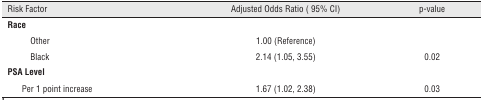
<table><thead><tr><td colspan="2"><b>Risk Factor</b></td><td><b>Adjusted Odds Ratio (95% CI)</b></td><td><b>p-value</b></td></tr></thead><tbody><tr><td colspan="4"><b>Race</b></td></tr><tr><td></td><td>Other</td><td>1.00 (Reference)</td><td></td></tr><tr><td></td><td>Black</td><td>2.14 (1.05, 3.55)</td><td>0.02</td></tr><tr><td colspan="4"><b>PSA Level</b></td></tr><tr><td></td><td>Per 1 point increase</td><td>1.67 (1.02, 2.38)</td><td>0.03</td></tr></tbody></table>